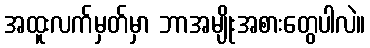
အထူးလက်မှတ်မှာ ဘာအမျိုးအစားတွေပါလဲ။